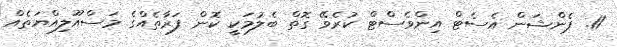
11. ޕެންޝަން އެސެޓް އިންވެސްޓް ކުރެވޭ ގޮތް ބެލުމަކީ ކޮން ފަރާތެއްގެ މަސްއޫލިއްޔަތެއް